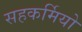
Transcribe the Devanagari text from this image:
सहकर्मियो